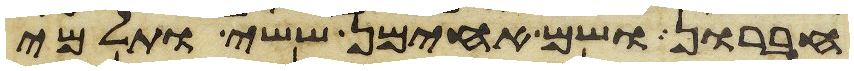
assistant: חברון ושם אחימן ששי ותלמי